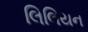
લિલિયન